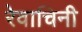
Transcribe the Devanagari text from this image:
रेवाचिनी